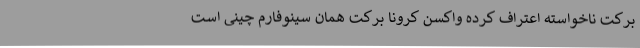
برکت ناخواسته اعتراف کرده واکسن کرونا برکت همان سینوفارم چینی است